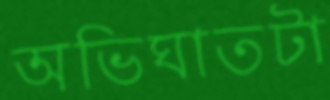
অভিঘাতটা